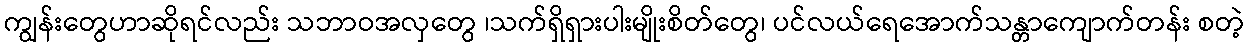
ကျွန်းတွေဟာဆိုရင်လည်း သဘာဝအလှတွေ ၊သက်ရှိရှားပါးမျိုးစိတ်တွေ၊ ပင်လယ်ရေအောက်သန္တာကျောက်တန်း စတဲ့